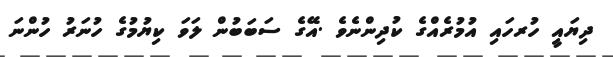
ދިޔައީ ހުރހައި އުމުރެއްގެ ކުދިންނެވެ .އޭގެ ސަބަބުން ލަވަ ކިޔުމުގެ ހުނަރު ހުންނަ